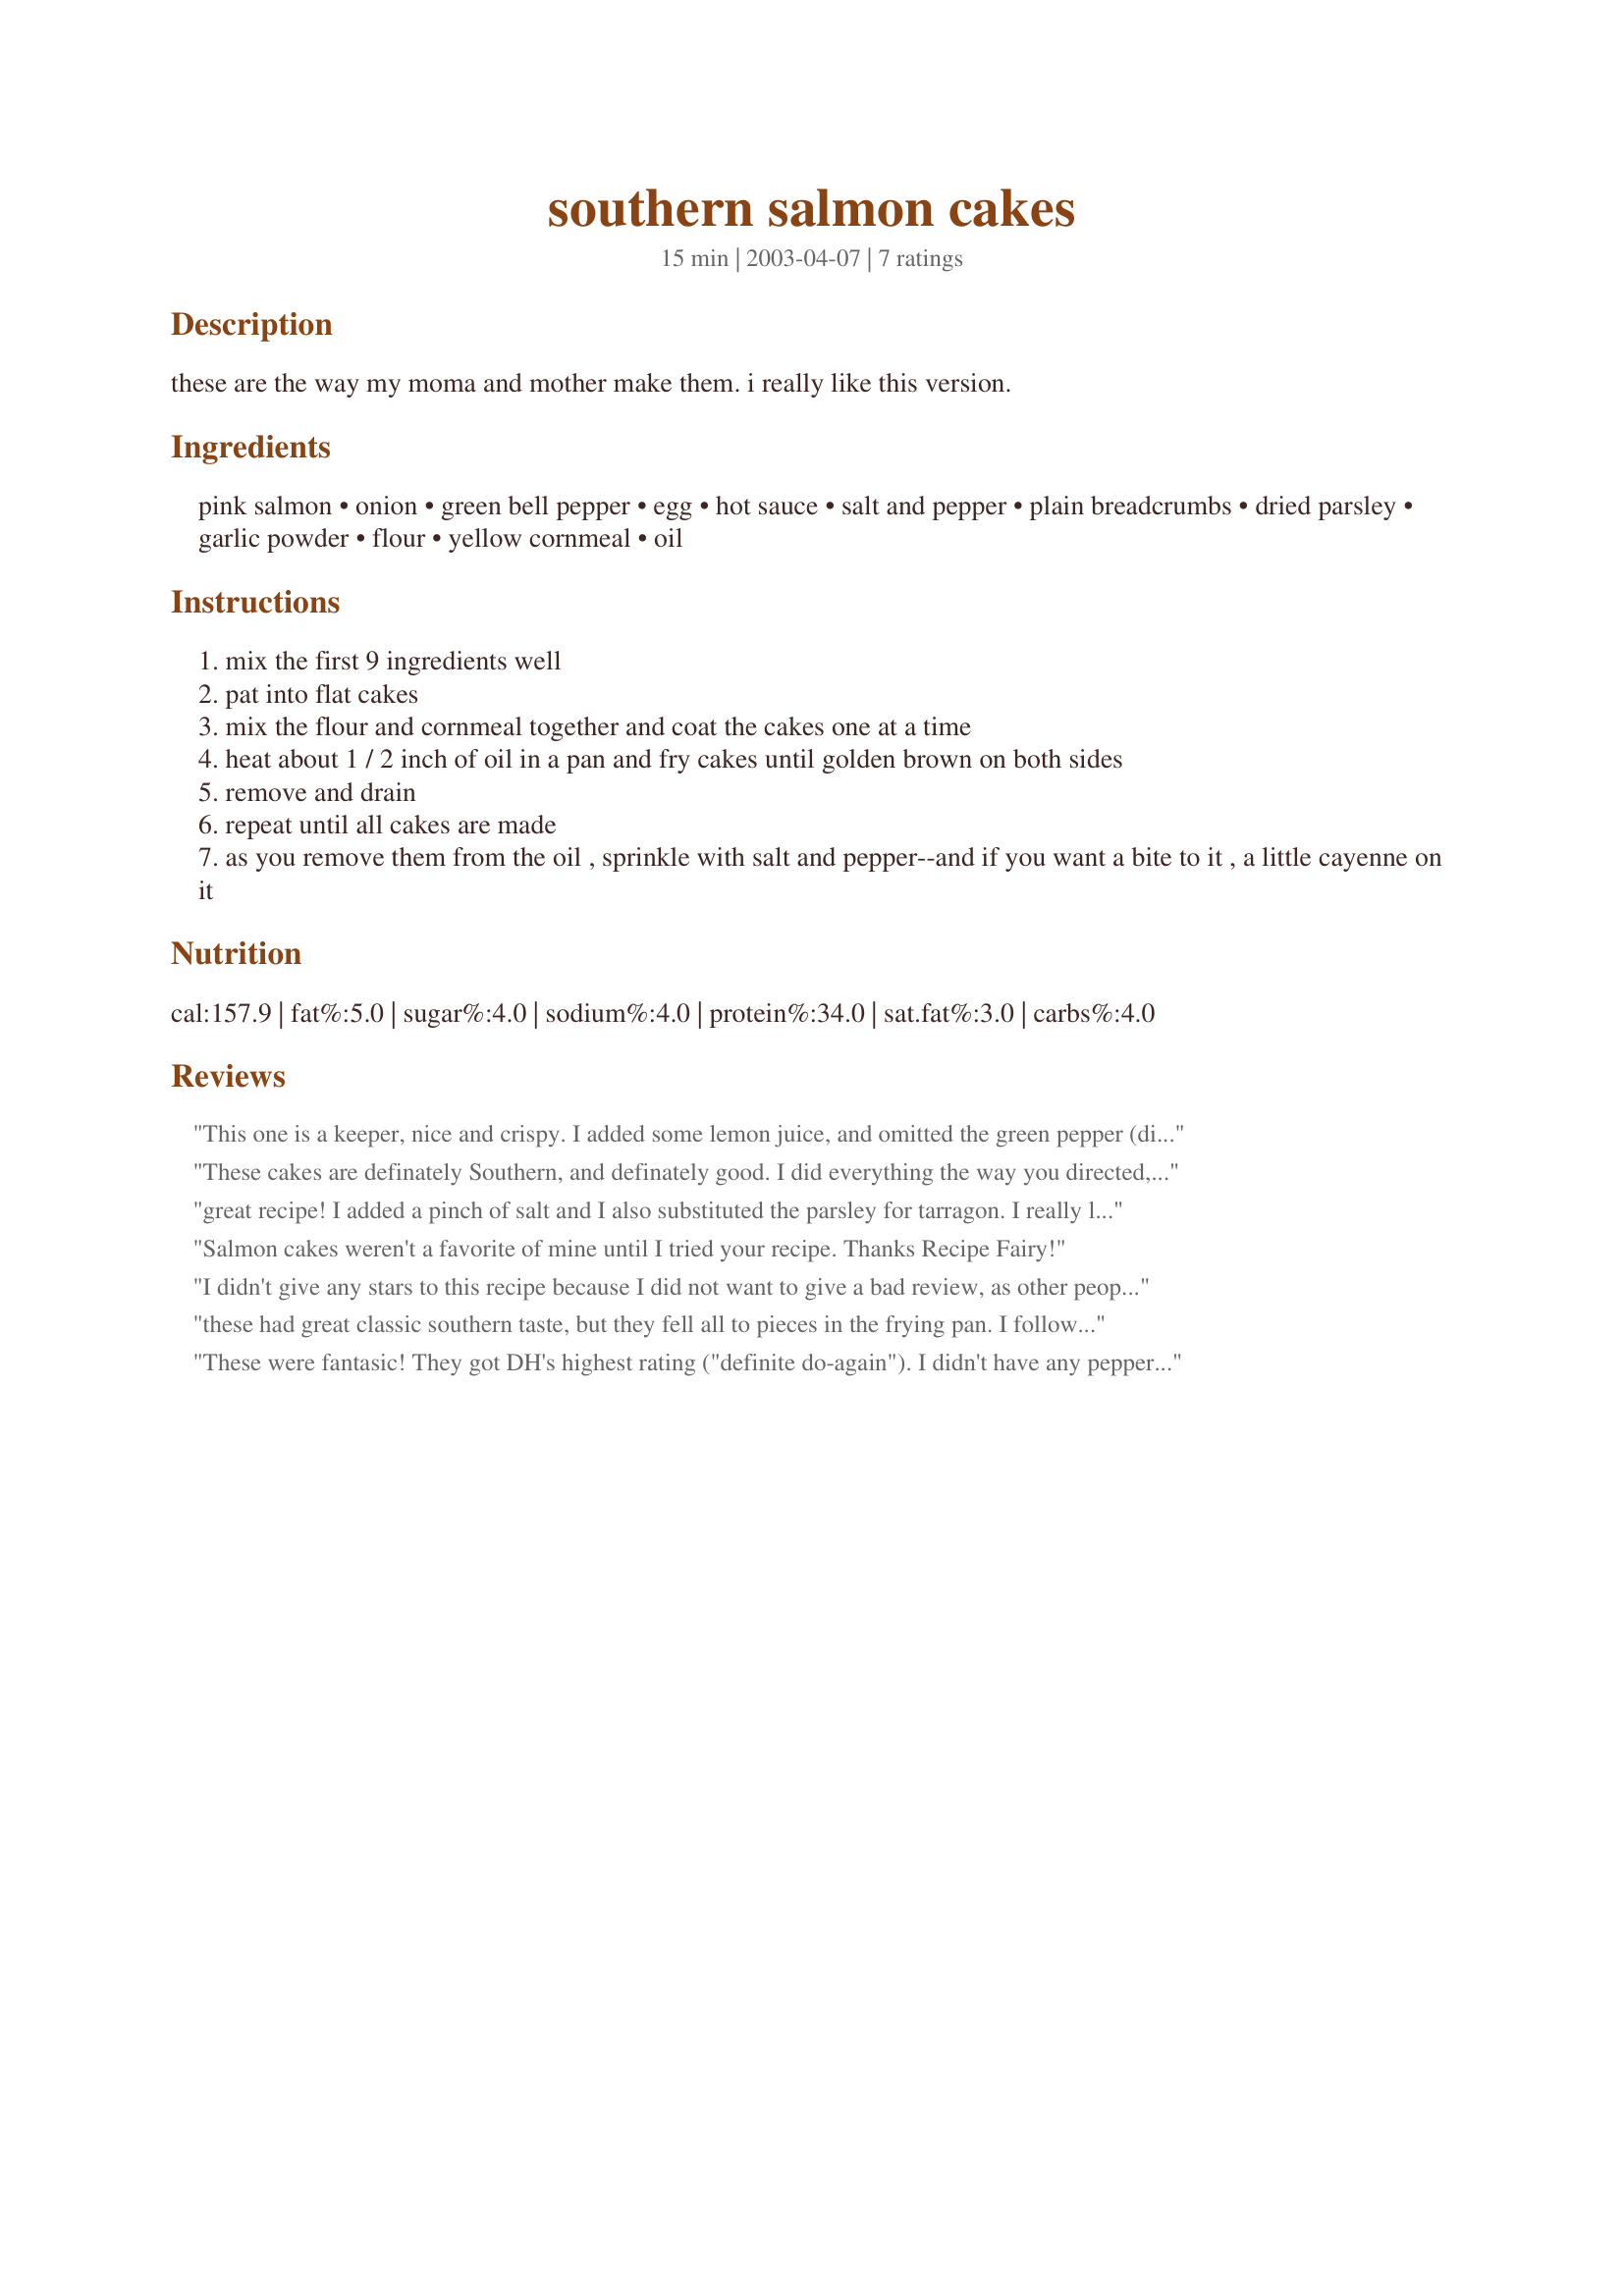
southern salmon cakes
Preparation time: 15 minutes

these are the way my moma and mother make them. i really like this version.

Ingredients:
pink salmon, onion, green bell pepper, egg, hot sauce, salt and pepper, plain breadcrumbs, dried parsley, garlic powder, flour, yellow cornmeal, oil

Steps:
mix the first 9 ingredients well
pat into flat cakes
mix the flour and cornmeal together and coat the cakes one at a time
heat about 1 / 2 inch of oil in a pan and fry cakes until golden brown on both sides
remove and drain
repeat until all cakes are made
as you remove them from the oil , sprinkle with salt and pepper--and if you want a bite to it , a little cayenne on it

Reviews:
This one is a keeper, nice and crispy. I added some lemon juice, and omitted the green pepper (didn't have any). We like spicy, so I used a Habenero pepper sauce, and that gave it a pretty good kick, Made up the patties and refrigerated til time to cook and then coated them with the flour/cornmeal just before frying. I made up a sauce with mayo, grainy horseradish mustard, sour cream, horseradish and a few dashes of cayenne. (Didn't really measure)and it was great. The recipe says it makes six servings, I only got 5 normal sized patties out of it (maybe because I didn't have the green peppers in it?). But even at 6, I figure one person can easily eat two of these! Regardless, these are wonderful!! Thanks for the recipe.
These cakes are definately Southern, and definately good. I did everything the way you directed, except I added about 2 tsps. fresh lemon juice. I think the lemon gave the salmon a zestier, fresher taste. I will definately be using this delicious recipe again.
great recipe! I added a pinch of salt and I also substituted the parsley for tarragon. I really loved it!
Salmon cakes weren't a favorite of mine until I tried your recipe. Thanks Recipe Fairy!

I didn't give any stars to this recipe because I did not want to give a bad review, as other people clearly liked this recipe. But I had a terrible experience with these cakes. I followed the recipe exactly as written and was unable to even form the patties as they just fell apart, so I added another egg and some more breadcrumbs trying to get it to bind. I finally got one semi- formed and got it in the pan but as soon as I lifted it with the spatula to flip it it completely fell apart. I finally gave up and we went out to dinner. I don't know what happened here as it obviously worked for others but I just wanted to share my experience. Thanks anyway :)
these had great classic southern taste, but they fell all to pieces in the frying pan. I followed the recipe exactly, except I used fresh parsley.
These were fantasic! They got DH's highest rating ("definite do-again"). I didn't have any peppers, so I substituted a a can of Mexi-Corn. Great flavor! And very easy!
